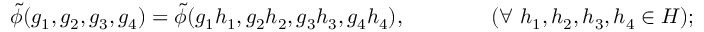
\tilde { \phi } ( g _ { 1 } , g _ { 2 } , g _ { 3 } , g _ { 4 } ) = \tilde { \phi } ( g _ { 1 } h _ { 1 } , g _ { 2 } h _ { 2 } , g _ { 3 } h _ { 3 } , g _ { 4 } h _ { 4 } ) , \qquad \qquad ( \forall \ h _ { 1 } , h _ { 2 } , h _ { 3 } , h _ { 4 } \in H ) ;